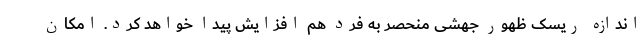
اندازه ریسک ظهور جهشی منحصر به فرد هم افزایش پیدا خواهد کرد. امکان